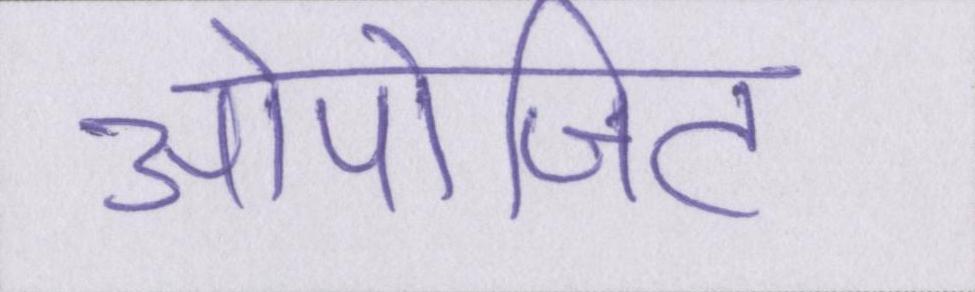
ओपोजिट